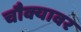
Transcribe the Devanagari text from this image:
चौक्यावर